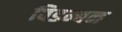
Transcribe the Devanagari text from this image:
विडम्बन